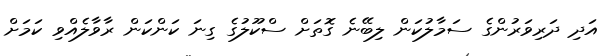
އަދި ދަރިވަރުންގެ ސަމާލުކަން ލިބޭނެ ގޮތަށް ސްކޫލުގެ ގިނަ ކަންކަން ރާވާލެއްވި ކަމަށް